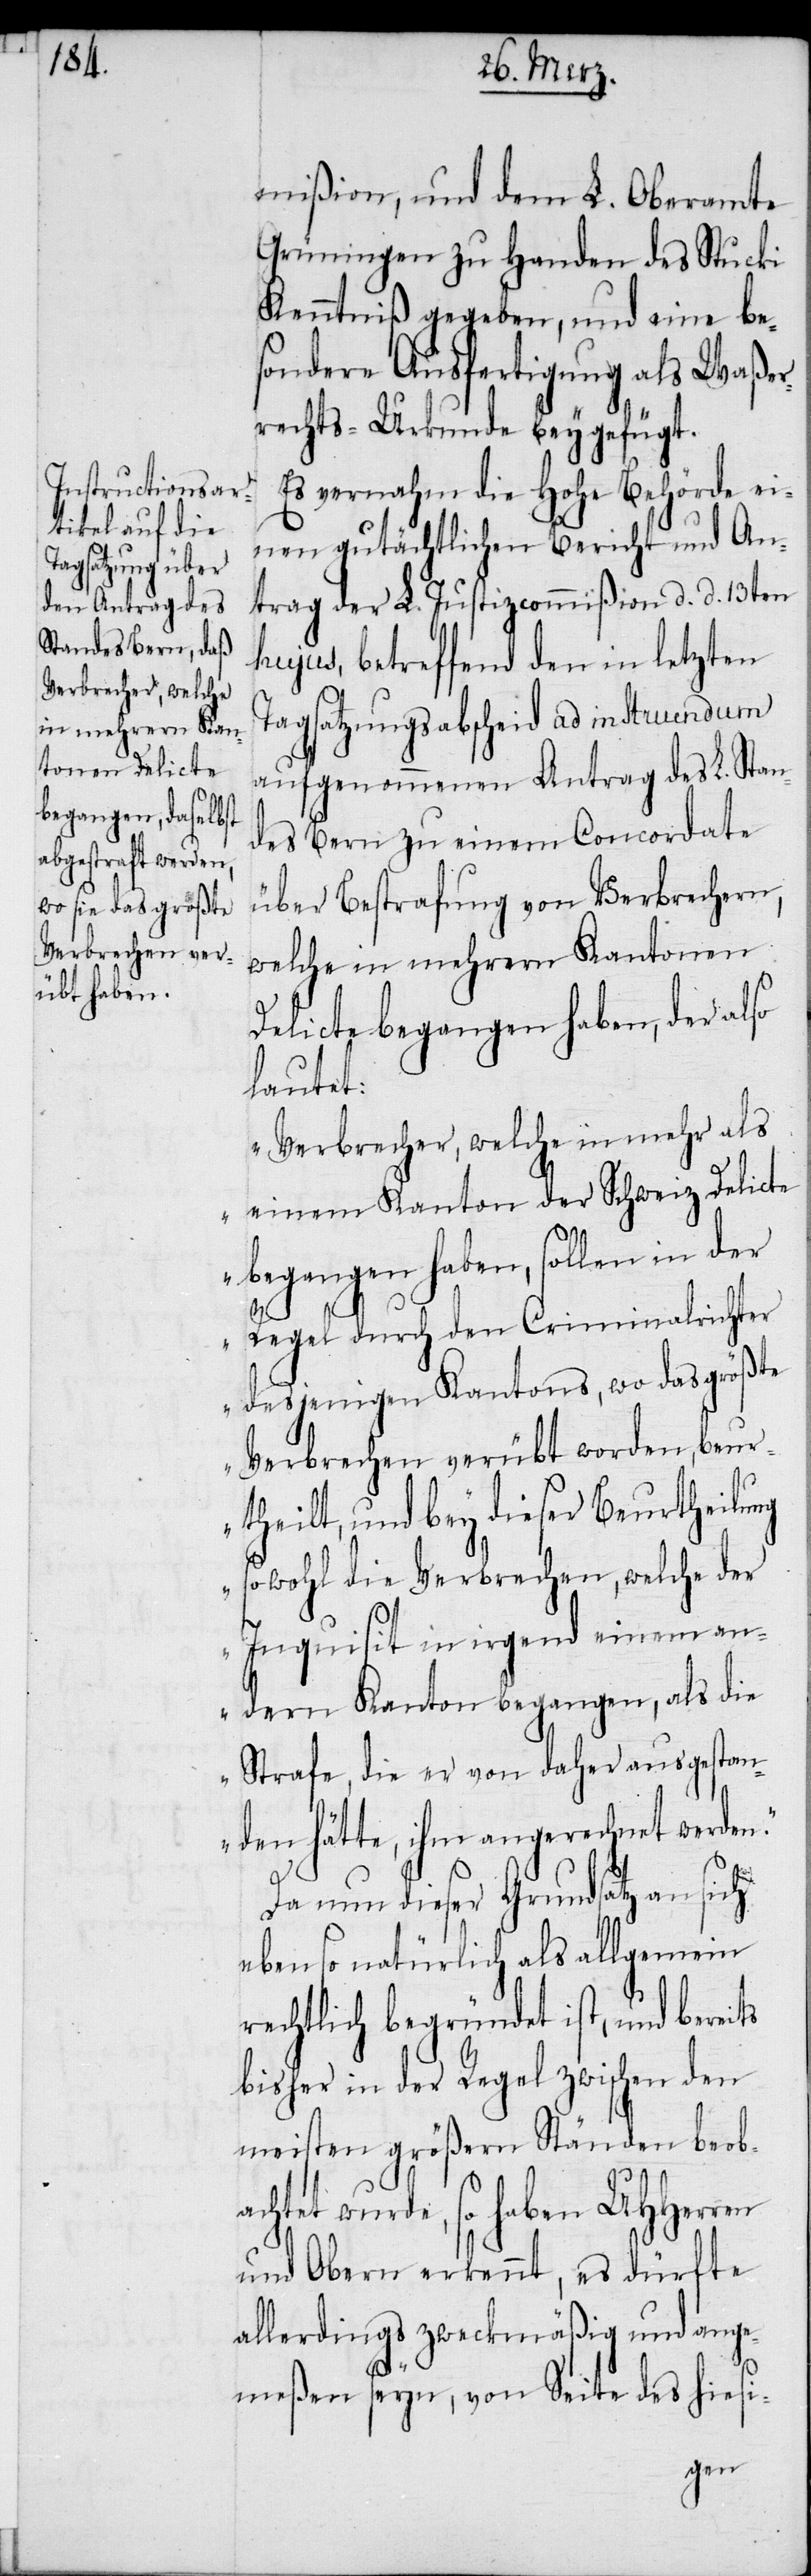
mißion, und dem L. Oberamte
Grüningen zu Handen des Stucki
Kenntniß gegeben, und eine bes¬
ondere Ausfertigung als Waßer¬
rechts-Urkunde beygefügt.
Es vernahm die Hohe Behörde ei¬
nen gutächtlichen Bericht und An¬
trag der L. Justizcommißion d. d. 13ten
hujus, betreffend den in letzten
Tagsatzungsabscheid ad instruendum
aufgenommenen Antrag des L. Stan¬
des Bern zu einem Concordate
über Bestrafung von Verbrechen,
welche in mehrern Kantonen
Delicte begangen haben, der also
lautet:
„Verbrecher, welche in mehr als
einem Kanton der Schweiz Delicte
begangen haben, sollen in der
Regel durch den Criminalrichter
desjenigen Kantons, wo das größte
Verbrechen verübt worden, beu¬
rtheilt, und bey dieser Beurtheilung
sowohl die Verbrechen, welche der
Inquisit in irgend einem an¬
dern Kanton begangen, als die
Strafe, die er von daher ausgestan¬
den hätte, ihm angerechnet werden.“
Da nun dieser Grundsatz an sich
eben so natürlich als allgemein
rechtlich begründet ist, und bereits
bisher in der Regel zwischen den
meisten größern Ständen beob¬
achtet wurde, so haben UHHerren
und Obern erkennt, es dürfte
allerdings zweckmäßig und ange¬
meßen seyn, von Seite des hiesi-